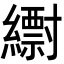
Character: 𦆝